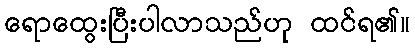
ရောထွေးပြီးပါလာသည်ဟု ထင်ရ၏။